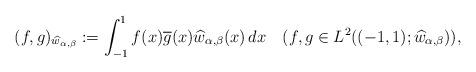
LaTeX: \begin{align*}(f,g)_{\widehat{w}_{\alpha,\beta}}:=\int_{-1}^{1}f(x)\overline{g}(x)\widehat{w}_{\alpha,\beta}(x)\,dx\quad(f,g\in L^{2}((-1,1);\widehat{w}_{\alpha,\beta})), \end{align*}